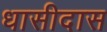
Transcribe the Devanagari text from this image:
धासीदास